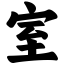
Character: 室